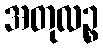
အတုလဉ္စ